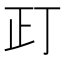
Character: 𰙛